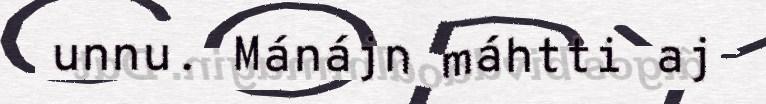
unnu. Mánájn máhtti aj